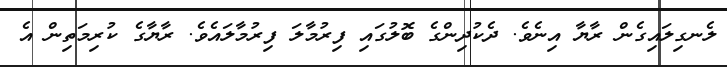
ލެނގިލައިގެން ރާޔާ އިނެވެ. ދެކުދިންގެ ބޮލުގައި ފިރުމާލަ ފިރުމާލައެވެ. ރާޔާގެ ކުރިމަތިން އެ